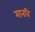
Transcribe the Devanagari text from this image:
मानवि